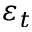
\varepsilon _ { t }